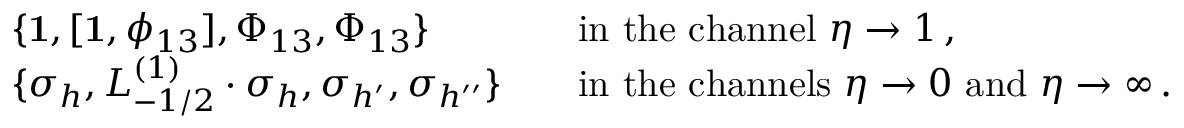
\begin{array} { r l r l } & { \{ \mathbf { 1 } , [ \mathbf { 1 } , \phi _ { 1 3 } ] , \Phi _ { 1 3 } , \Phi _ { 1 3 } \} } & & { \mathrm { i n ~ t h e ~ c h a n n e l ~ } \eta \to 1 \, , } \\ & { \{ \sigma _ { h } , L _ { - 1 / 2 } ^ { ( 1 ) } \cdot \sigma _ { h } , \sigma _ { h ^ { \prime } } , \sigma _ { h ^ { \prime \prime } } \} } & & { \mathrm { i n ~ t h e ~ c h a n n e l s ~ } \eta \to 0 \mathrm { ~ a n d ~ } \eta \to \infty \, . } \end{array}